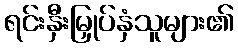
ရင်းနှီးမြှုပ်နှံသူများ၏